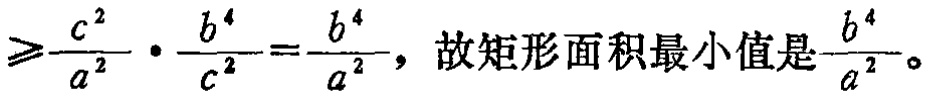
$\geqslant\frac{c^{2}}{a^{2}}\cdot\frac{b^{4}}{c^{2}}=\frac{b^{4}}{a^{2}}$，故矩形面积最小值是$\frac{b^{4}}{a^{2}}$。